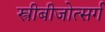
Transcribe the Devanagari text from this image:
स्त्रीबीजोत्सर्ग